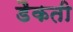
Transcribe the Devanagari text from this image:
डैकती